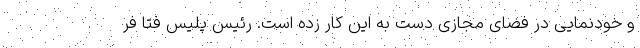
و خودنمایی در فضای مجازی دست به این کار زده است. رئیس پلیس فتا فر